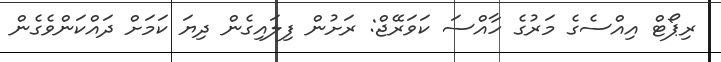
ރިޕޯޓް އިއްސެގެ މަރުގެ ހާއްސަ ކަވަރޭޖް: ރަށުން ފިލައިގެން ދިޔަ ކަމަށް ދައްކަންވެގެން